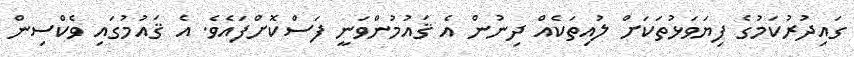
ގައިދުރުކަމުގެ ފިޔަވަޅުތަކަށް ލުއިތަކެއް ދިނުން އެ ޤައުމުންވަނީ ފަސްކޮށްފައެވެ. އެ ޤައުމުގައި ވެކްސިން